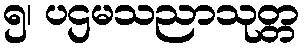
၅၊ ပဌမသညာသုတ္တ